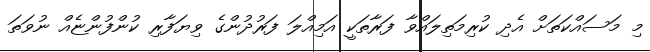
މި މަސައްކަތަށް އެދި ކުރިމަތިލައްވާ ފަރާތަކީ އަމިއްލަ ފަރުދުންގެ ވިޔަފާރި ކުންފުންޏެއް ނުވަތަ